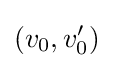
(v_{0},v'_{0})